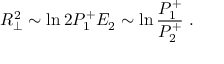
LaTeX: R _ { \perp } ^ { 2 } \sim \ln 2 P _ { 1 } ^ { + } E _ { 2 } \sim \ln { \frac { P _ { 1 } ^ { + } } { P _ { 2 } ^ { + } } } \; .